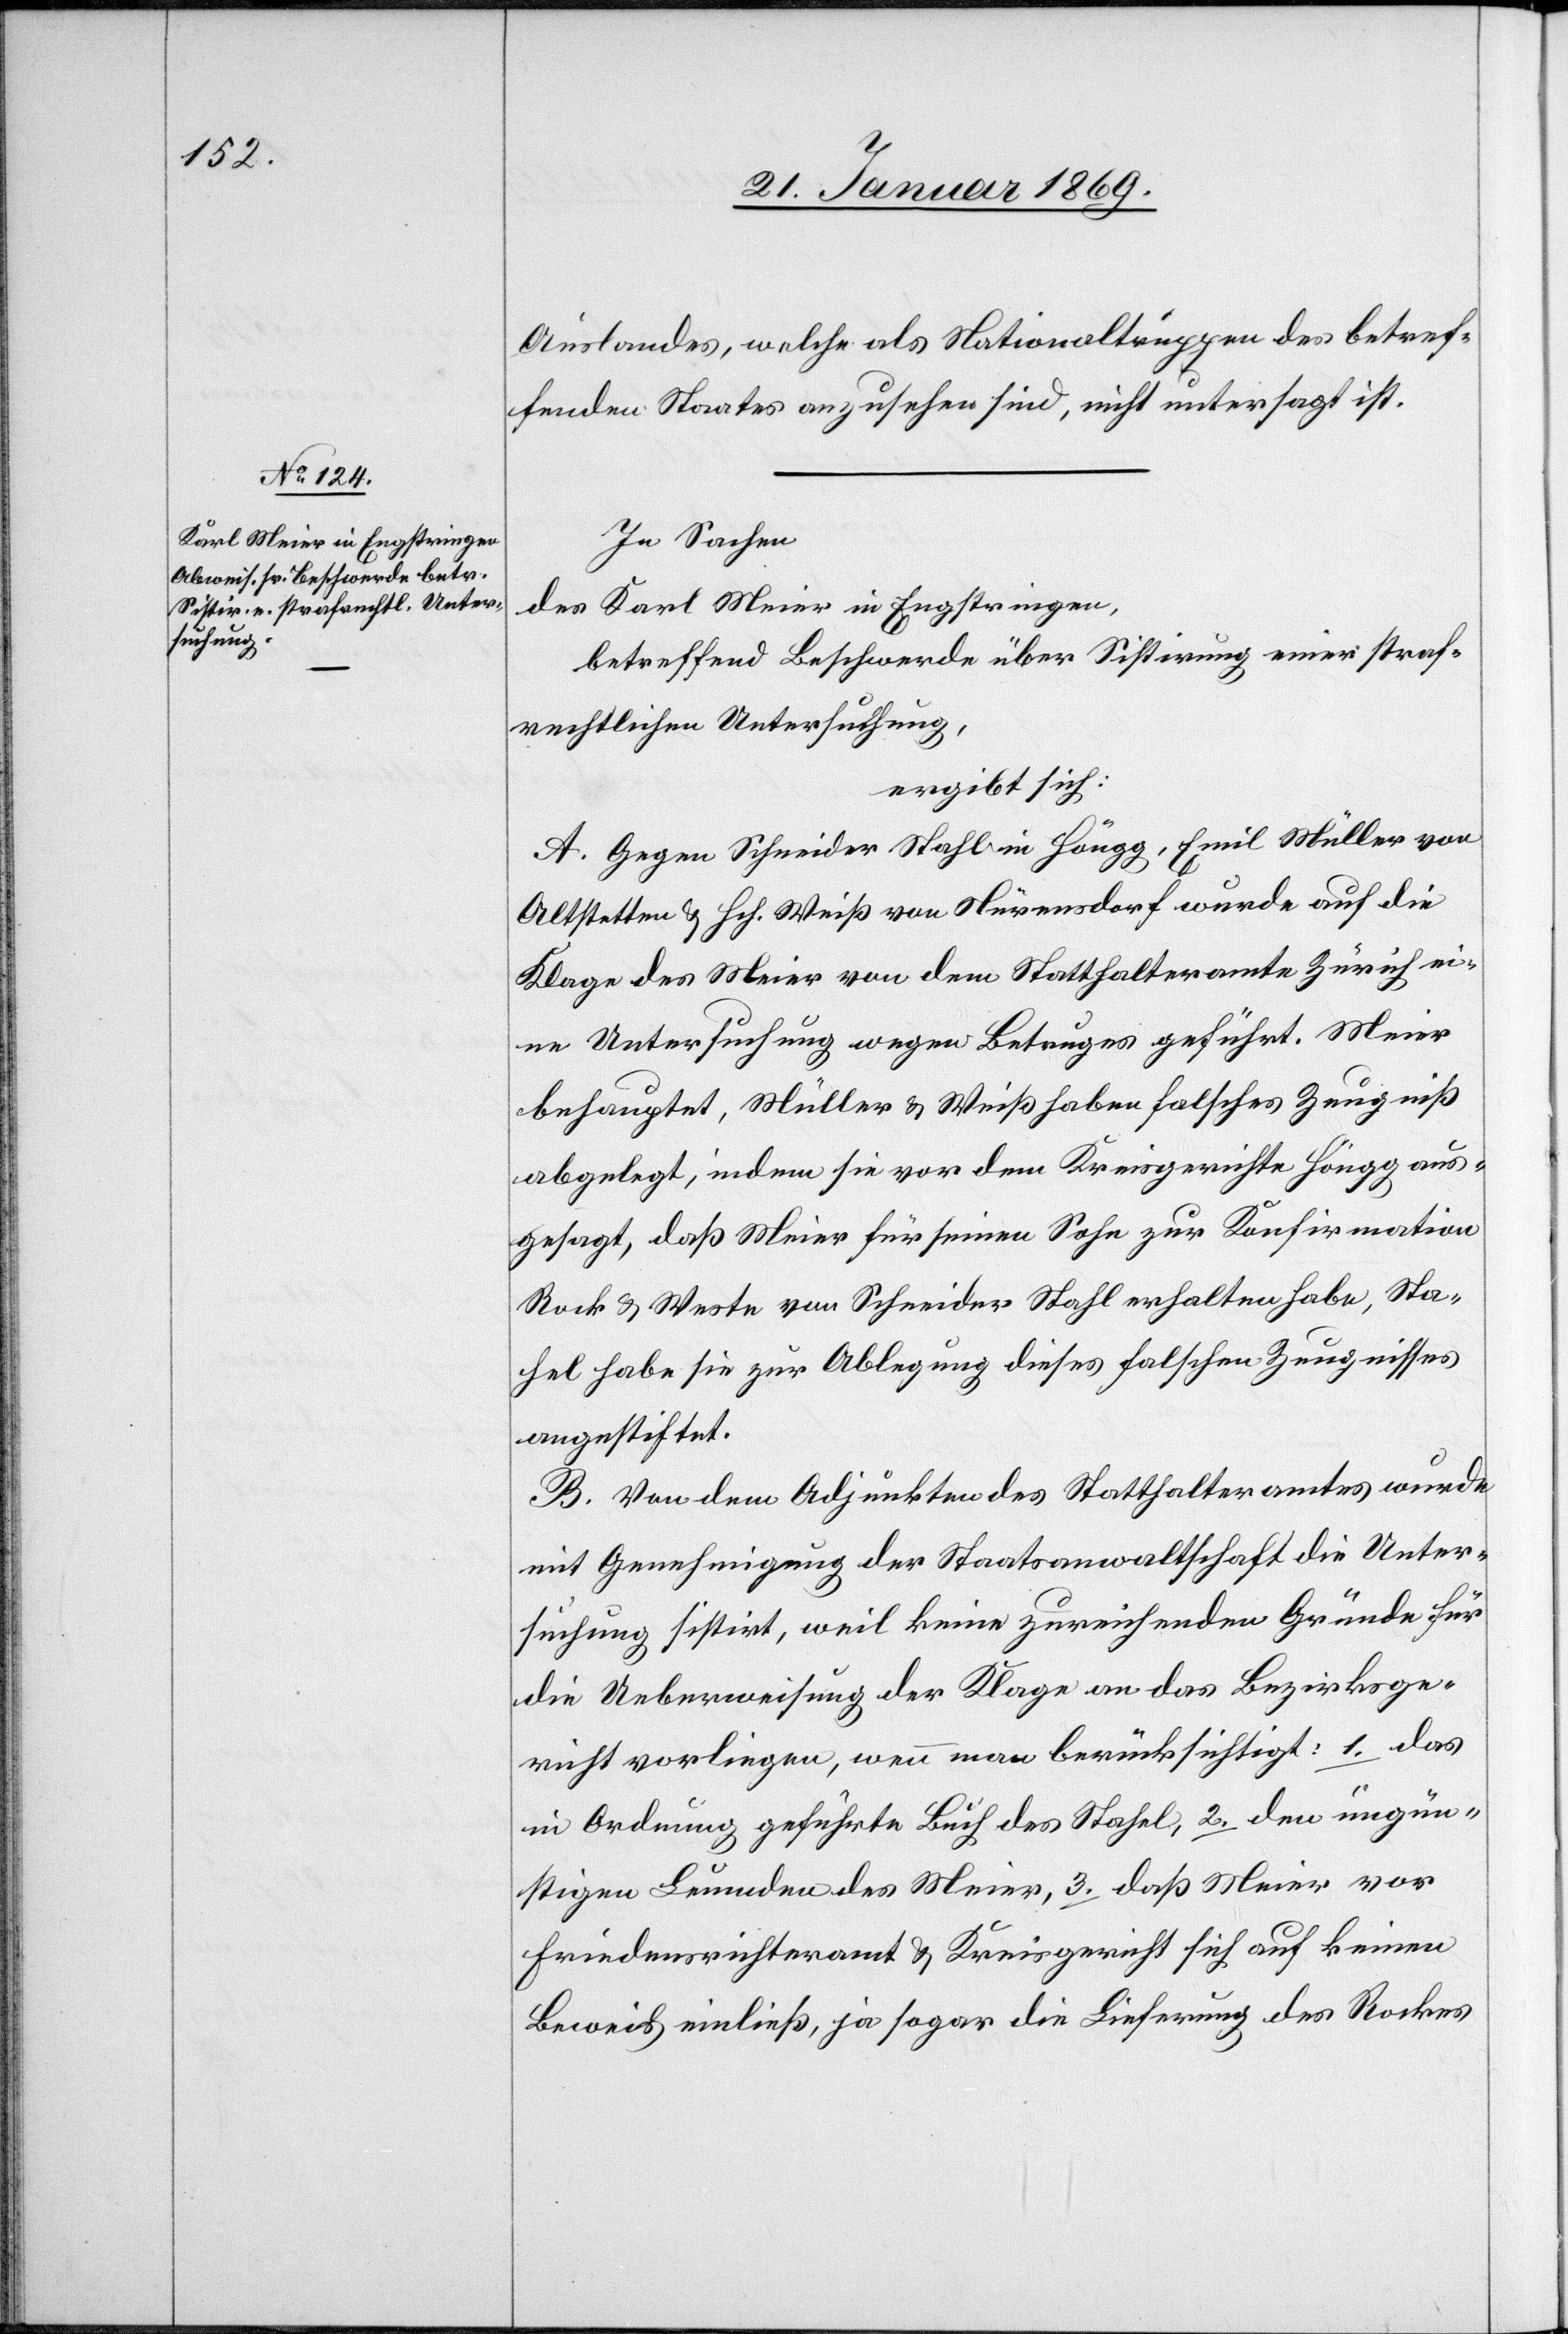
In Sachen
des Karl Meier in Engstringen,
betreffend Beschwerde über Sistirung einer straf¬
rechtlichen Untersuchung,
ergibt sich:
A. Gegen Schneider Stahl in Höngg, Emil Müller von
Altstetten & Hch. Weiß von Nürensdorf wurde auf die
Klage des Meier von dem Statthalteramte Zürich ei¬
ne Untersuchung wegen Betruges geführt. Meier
behauptet, Müller & Weiß haben falsches Zeugniß
abgelegt, indem sie vor dem Kreisgerichte Höngg aus¬
gesagt, daß Meier für seinen Sohn zur Konfirmation
Rock & Weste von Schneider Stahl erhalten habe, Sta¬
hel habe sie zur Ablegung diese falschen Zeugnisses
angestiftet.
B. Von den Adjunkten des Statthalteramtes wurde
mit Genehmigung der Staatsanwaltschaft die Unter¬
suchung sistirt, weil keine zureichenden Gründe für
die Ueberweisung der Klage an das Bezirksge¬
richt vorliegen, wenn man berücksichtigt: 1. das
in Ordnung geführte Buch des Stahel, 2. den ungün¬
stigen Leumden des Meier, 3. daß Meier vor
Friedensrichteramt & Kreisgericht sich auf keinen
Beweis einließ, ja sogar die Lieferung des Rockes